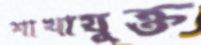
শাখাযুক্ত